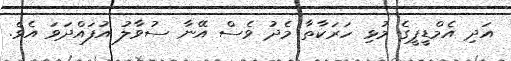
އަދި އެމްޑީޕީގެ މުޅި ހަރަކާތާ މެދު ވެސް އޭނާ ސުވާލު އުފައްދަވަ އެވެ.